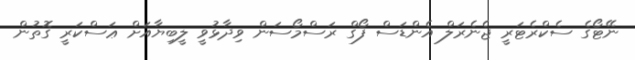
ނޭޓޯގެ ސެކްރެޓަރީ ޖެނެރަލް އެންޑަސް ފޯގް ރަސްމޯސަން ވިދާޅުވީ ލީބިޔާއަށް ޢަސްކަރީ ގޮތުން